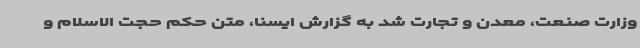
وزارت صنعت، معدن و تجارت شد به گزارش ایسنا، متن حکم حجت الاسلام و